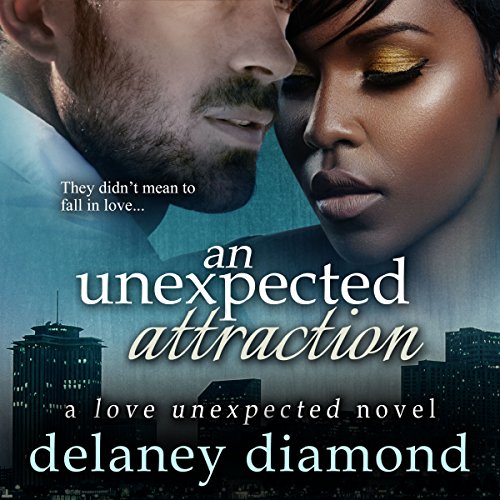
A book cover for An Unexpected Attraction: Love Unexpected, Volume 3; Delaney Diamond; Romance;